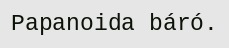
Papanoida báró.